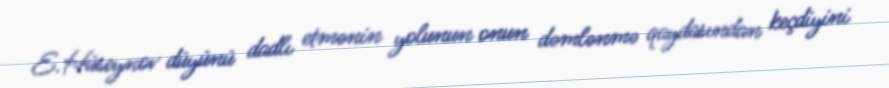
E.Hüseynov düyünü dadlı etmənin yolunun onun dəmlənmə qaydasından keçdiyini